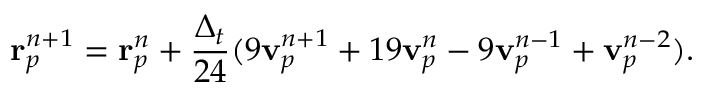
\mathbf { r } _ { p } ^ { n + 1 } = \mathbf { r } _ { p } ^ { n } + \frac { \Delta _ { t } } { 2 4 } ( 9 \mathbf { v } _ { p } ^ { n + 1 } + 1 9 \mathbf { v } _ { p } ^ { n } - 9 \mathbf { v } _ { p } ^ { n - 1 } + \mathbf { v } _ { p } ^ { n - 2 } ) .